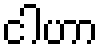
ငါဟာ